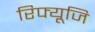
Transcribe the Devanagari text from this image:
रिफ्यूजि